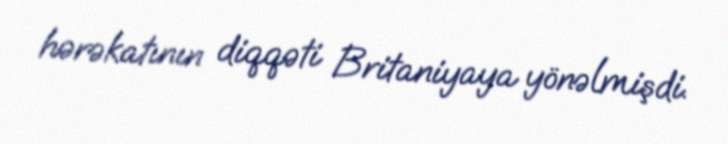
hərəkatının diqqəti Britaniyaya yönəlmişdi.